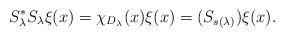
LaTeX: \begin{align*}S_\lambda^* S_\lambda \xi(x) =\chi_{D_\lambda}(x)\xi(x)=(S_{s(\lambda)})\xi (x).\end{align*}